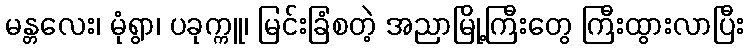
မန္တလေး၊ မုံရွာ၊ ပခုက္ကူ၊ မြင်းခြံစတဲ့ အညာမြို့ကြီးတွေ ကြီးထွားလာပြီး